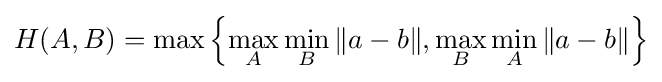
H(A,B)=\max \left\{\max _{A}\min _{B}\|a-b\|,\max _{B}\min _{A}\|a-b\|\right\}